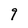
Character: 9